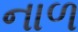
નાળ